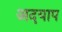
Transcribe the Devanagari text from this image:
अदयाप